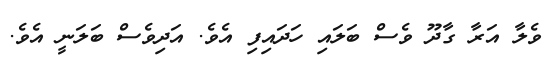
ވެލާ އަރާ ގާދޫ ވެސް ބަލައި ހަދައިފި އެވެ. އަދިވެސް ބަލަނީ އެވެ.